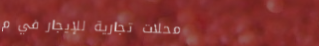
محلات تجارية للإيجار في م